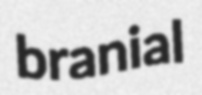
branial